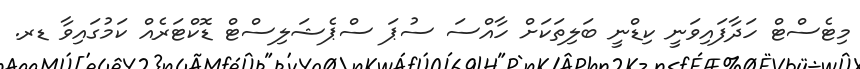
މިޓެސްޓް ހަދާފައިވަނީ ކިޑްނީ ބަލިތަކަށް ހާއްސަ ސުޕަ ސްޕެޝަލިސްޓް ޑޮކްޓަރެއް ކަމުގައިވާ ޑރ.